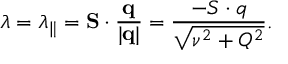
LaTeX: \lambda = \lambda _ { \parallel } = { \bf S } \cdot \frac { \bf q } { | { \bf q } | } = \frac { - S \cdot q } { \sqrt { \nu ^ { 2 } + Q ^ { 2 } } } .